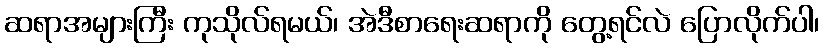
ဆရာအများကြီး ကုသိုလ်ရမယ်၊ အဲဒီစာရေးဆရာကို တွေ့ရင်လဲ ပြောလိုက်ပါ၊